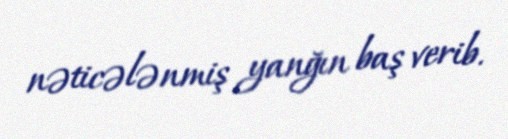
nəticələnmiş yanğın baş verib.